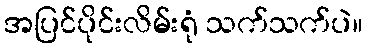
အပြင်ပိုင်းလိမ်းရုံ သက်သက်ပဲ။